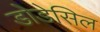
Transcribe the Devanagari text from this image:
डोडेसिल